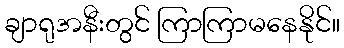
ချာရုအနီးတွင် ကြာကြာမနေနိုင်။